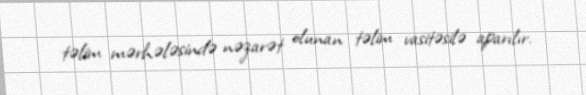
təlim mərhələsində nəzarət olunan təlim vasitəsilə aparılır.